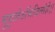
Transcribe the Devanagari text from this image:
मुहूत्र्तेऽभिजित्संज्ञे।।